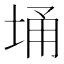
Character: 埇